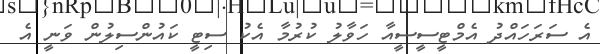
އެ ސަރަހައްދު އެމްޓީސީސީއާ ހަވާލު ކުރުމާ އެކު ސިޓީ ކައުންސިލުން ވަނީ އެ